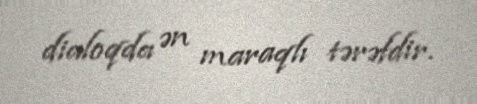
dialoqda ən maraqlı tərəfdir.